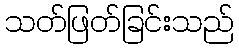
သတ်ဖြတ်ခြင်းသည်